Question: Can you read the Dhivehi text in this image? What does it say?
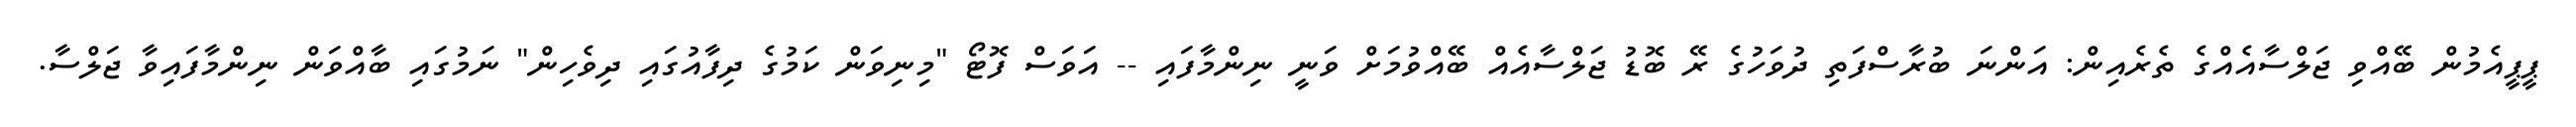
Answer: ޕީޕީއެމުން ބޭއްވި ޖަލްސާއެއްގެ ތެރެއިން: އަންނަ ބުރާސްފަތި ދުވަހުގެ ރޭ ބޮޑު ޖަލްސާއެއް ބޭއްވުމަށް ވަނީ ނިންމާފައި -- އަވަސް ފޮޓޯ "މިނިވަން ކަމުގެ ދިފާއުގައި ދިވެހިން" ނަމުގައި ބާއްވަން ނިންމާފައިވާ ޖަލްސާ.